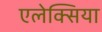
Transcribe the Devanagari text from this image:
एलेक्सिया